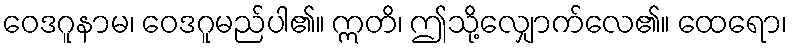
ဝေဒဂူနာမ၊ ဝေဒဂူမည်ပါ၏။ ဣတိ၊ ဤသို့လျှောက်လေ၏။ ထေရော၊